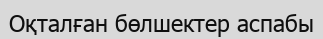
Оқталған бөлшектер аспабы